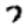
Digit: 7